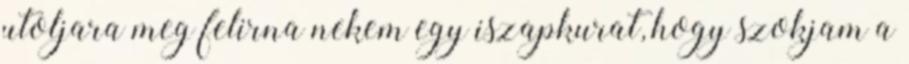
utoljara meg felirna nekem egy iszapkurat, hogy szokjam a